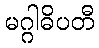
မဂ္ဂါဓိပတီ